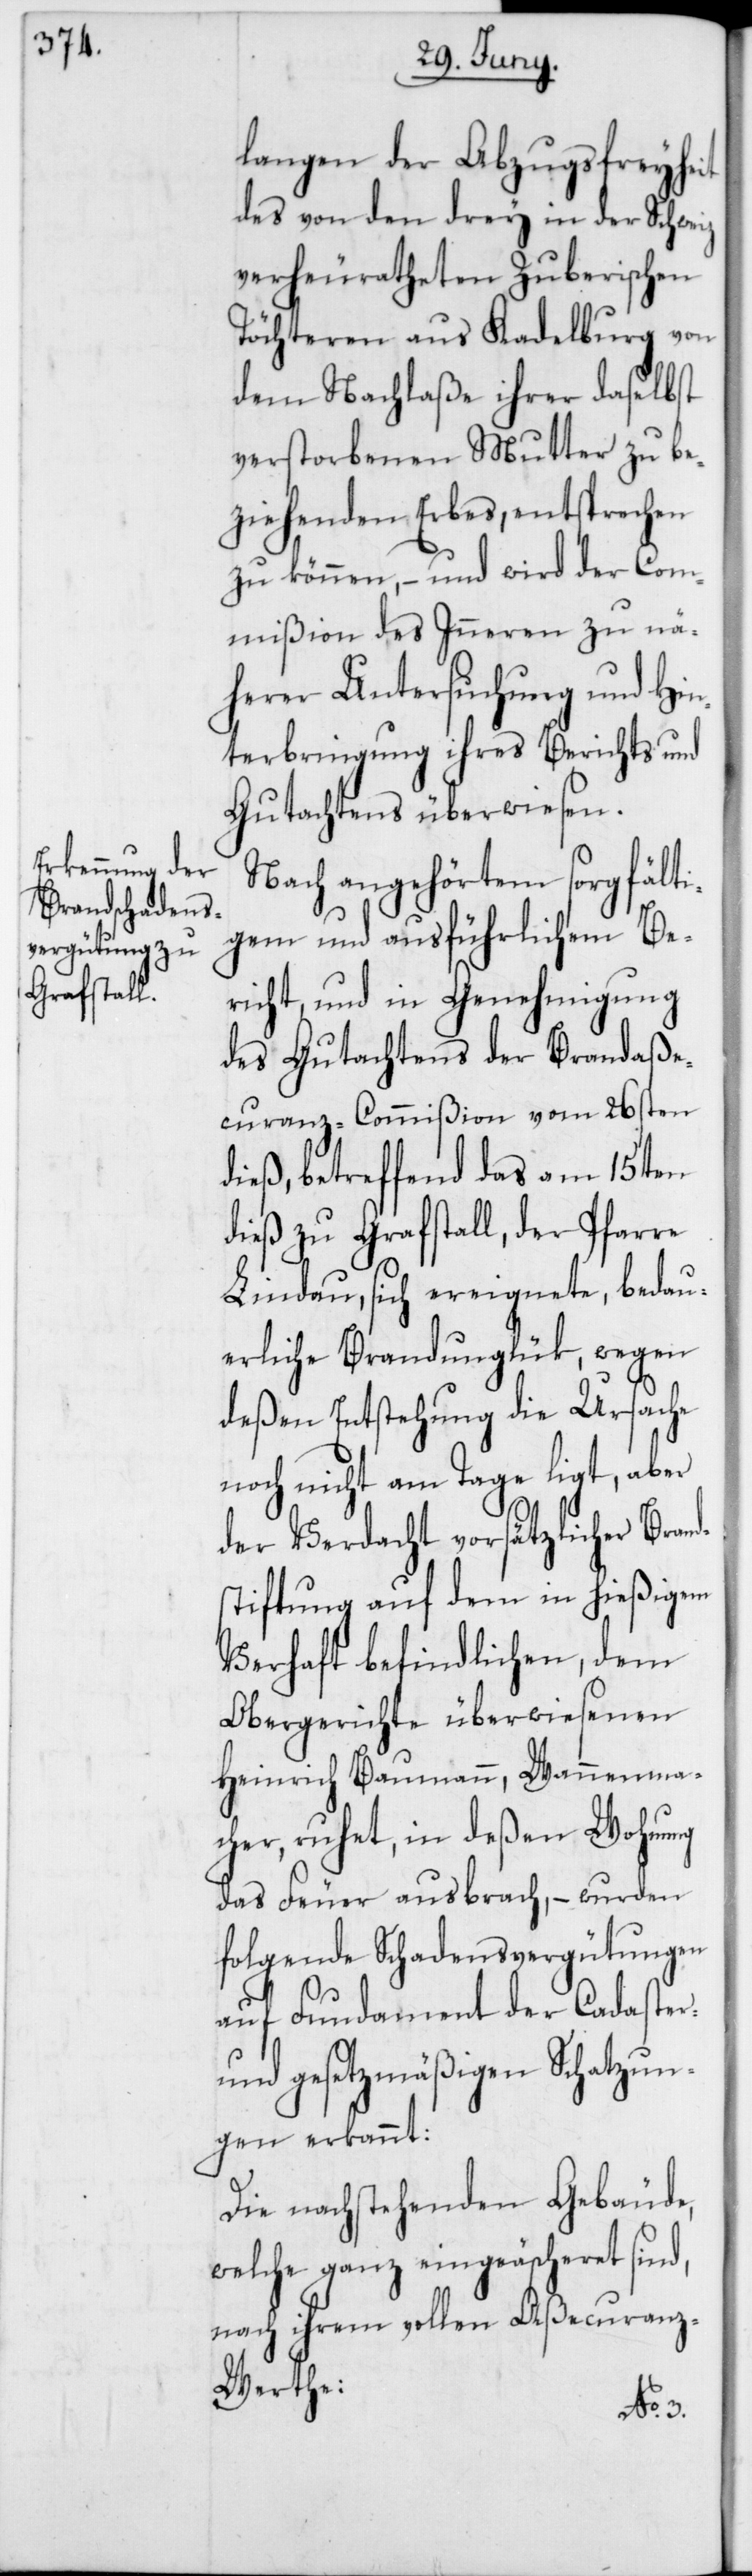
langen der Abzugsfreyheit
des von den drey in der Schweiz
verheuratheten Zuberischen
Töchteren aus Kadelburg von
dem Nachlaße ihrer daselbst
verstorbenen Mutter zu be¬
ziehenden Erbes, entsprechen
zu können, und wird der Com¬
mißion des Inneren zu nä¬
herer Untersuchung und Hin¬
terbringung ihres Berichts und
Gutachtens überwiesen.
Nach angehörtem sorgfälti¬
gem und ausführlichem Be¬
richt, und in Genehmigung
des Gutachtens der Brandaße¬
curanz-Commißion vom 26sten
dieß, betreffend das am 15ten
dieß zu Grafstall, der Pfarre
Lindau, sich ereignete, bedau¬
erliche Brandunglük, wegen
deßen Entstehung die Ursache
noch nicht am Tage ligt, aber
der Verdacht vorsätzlicher Brand¬
stiftung auf dem in hießigem
Verhaft befindlichen, dem
Obergerichte überwiesenen
Heinrich Baumann, Wannenma¬
cher, ruhet, in deßen Wohnung
das Feuer ausbrach, – wurden
folgende Schadensvergütungen
auf Fundament der Cadaster-
und gesetzmäßigen Schatzun¬
gen erkannt:
Die nachstehenden Gebäude,
welche ganz eingeäscheret sind,
nach ihrem vollen Aßecuranz-W¬
erthe: